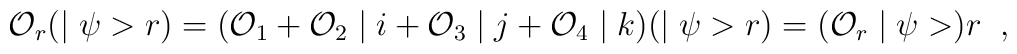
{\cal O}_{r} (\mid \psi > r) = ({\cal O}_{1} + {\cal O}_{2} \mid i +{\cal O}_{3} \mid j + {\cal O}_{4} \mid k)(\mid \psi > r) =({\cal O}_{r} \mid \psi >) r \; \; ,